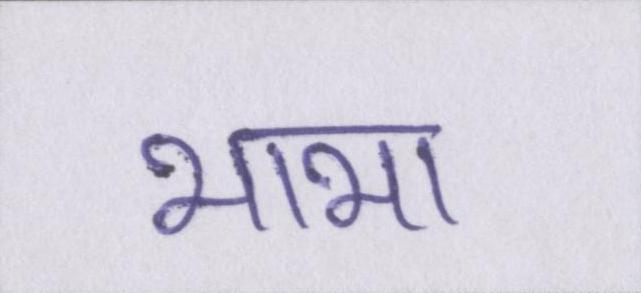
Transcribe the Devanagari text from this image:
भाभा